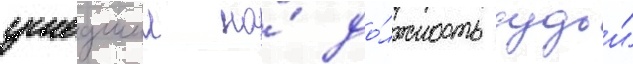
ушедшии на́ до́лжность судьи́